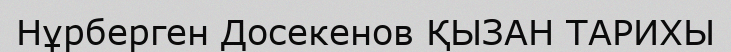
Нұрберген Досекенов ҚЫЗАН ТАРИХЫ